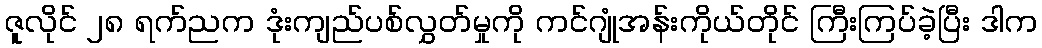
ဇူလိုင် ၂၈ ရက်ညက ဒုံးကျည်ပစ်လွှတ်မှုကို ကင်ဂျုံအန်းကိုယ်တိုင် ကြီးကြပ်ခဲ့ပြီး ဒါက